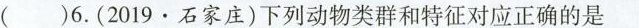
()6.(2019.石家庄)下列动物类群和特征对应正确的是